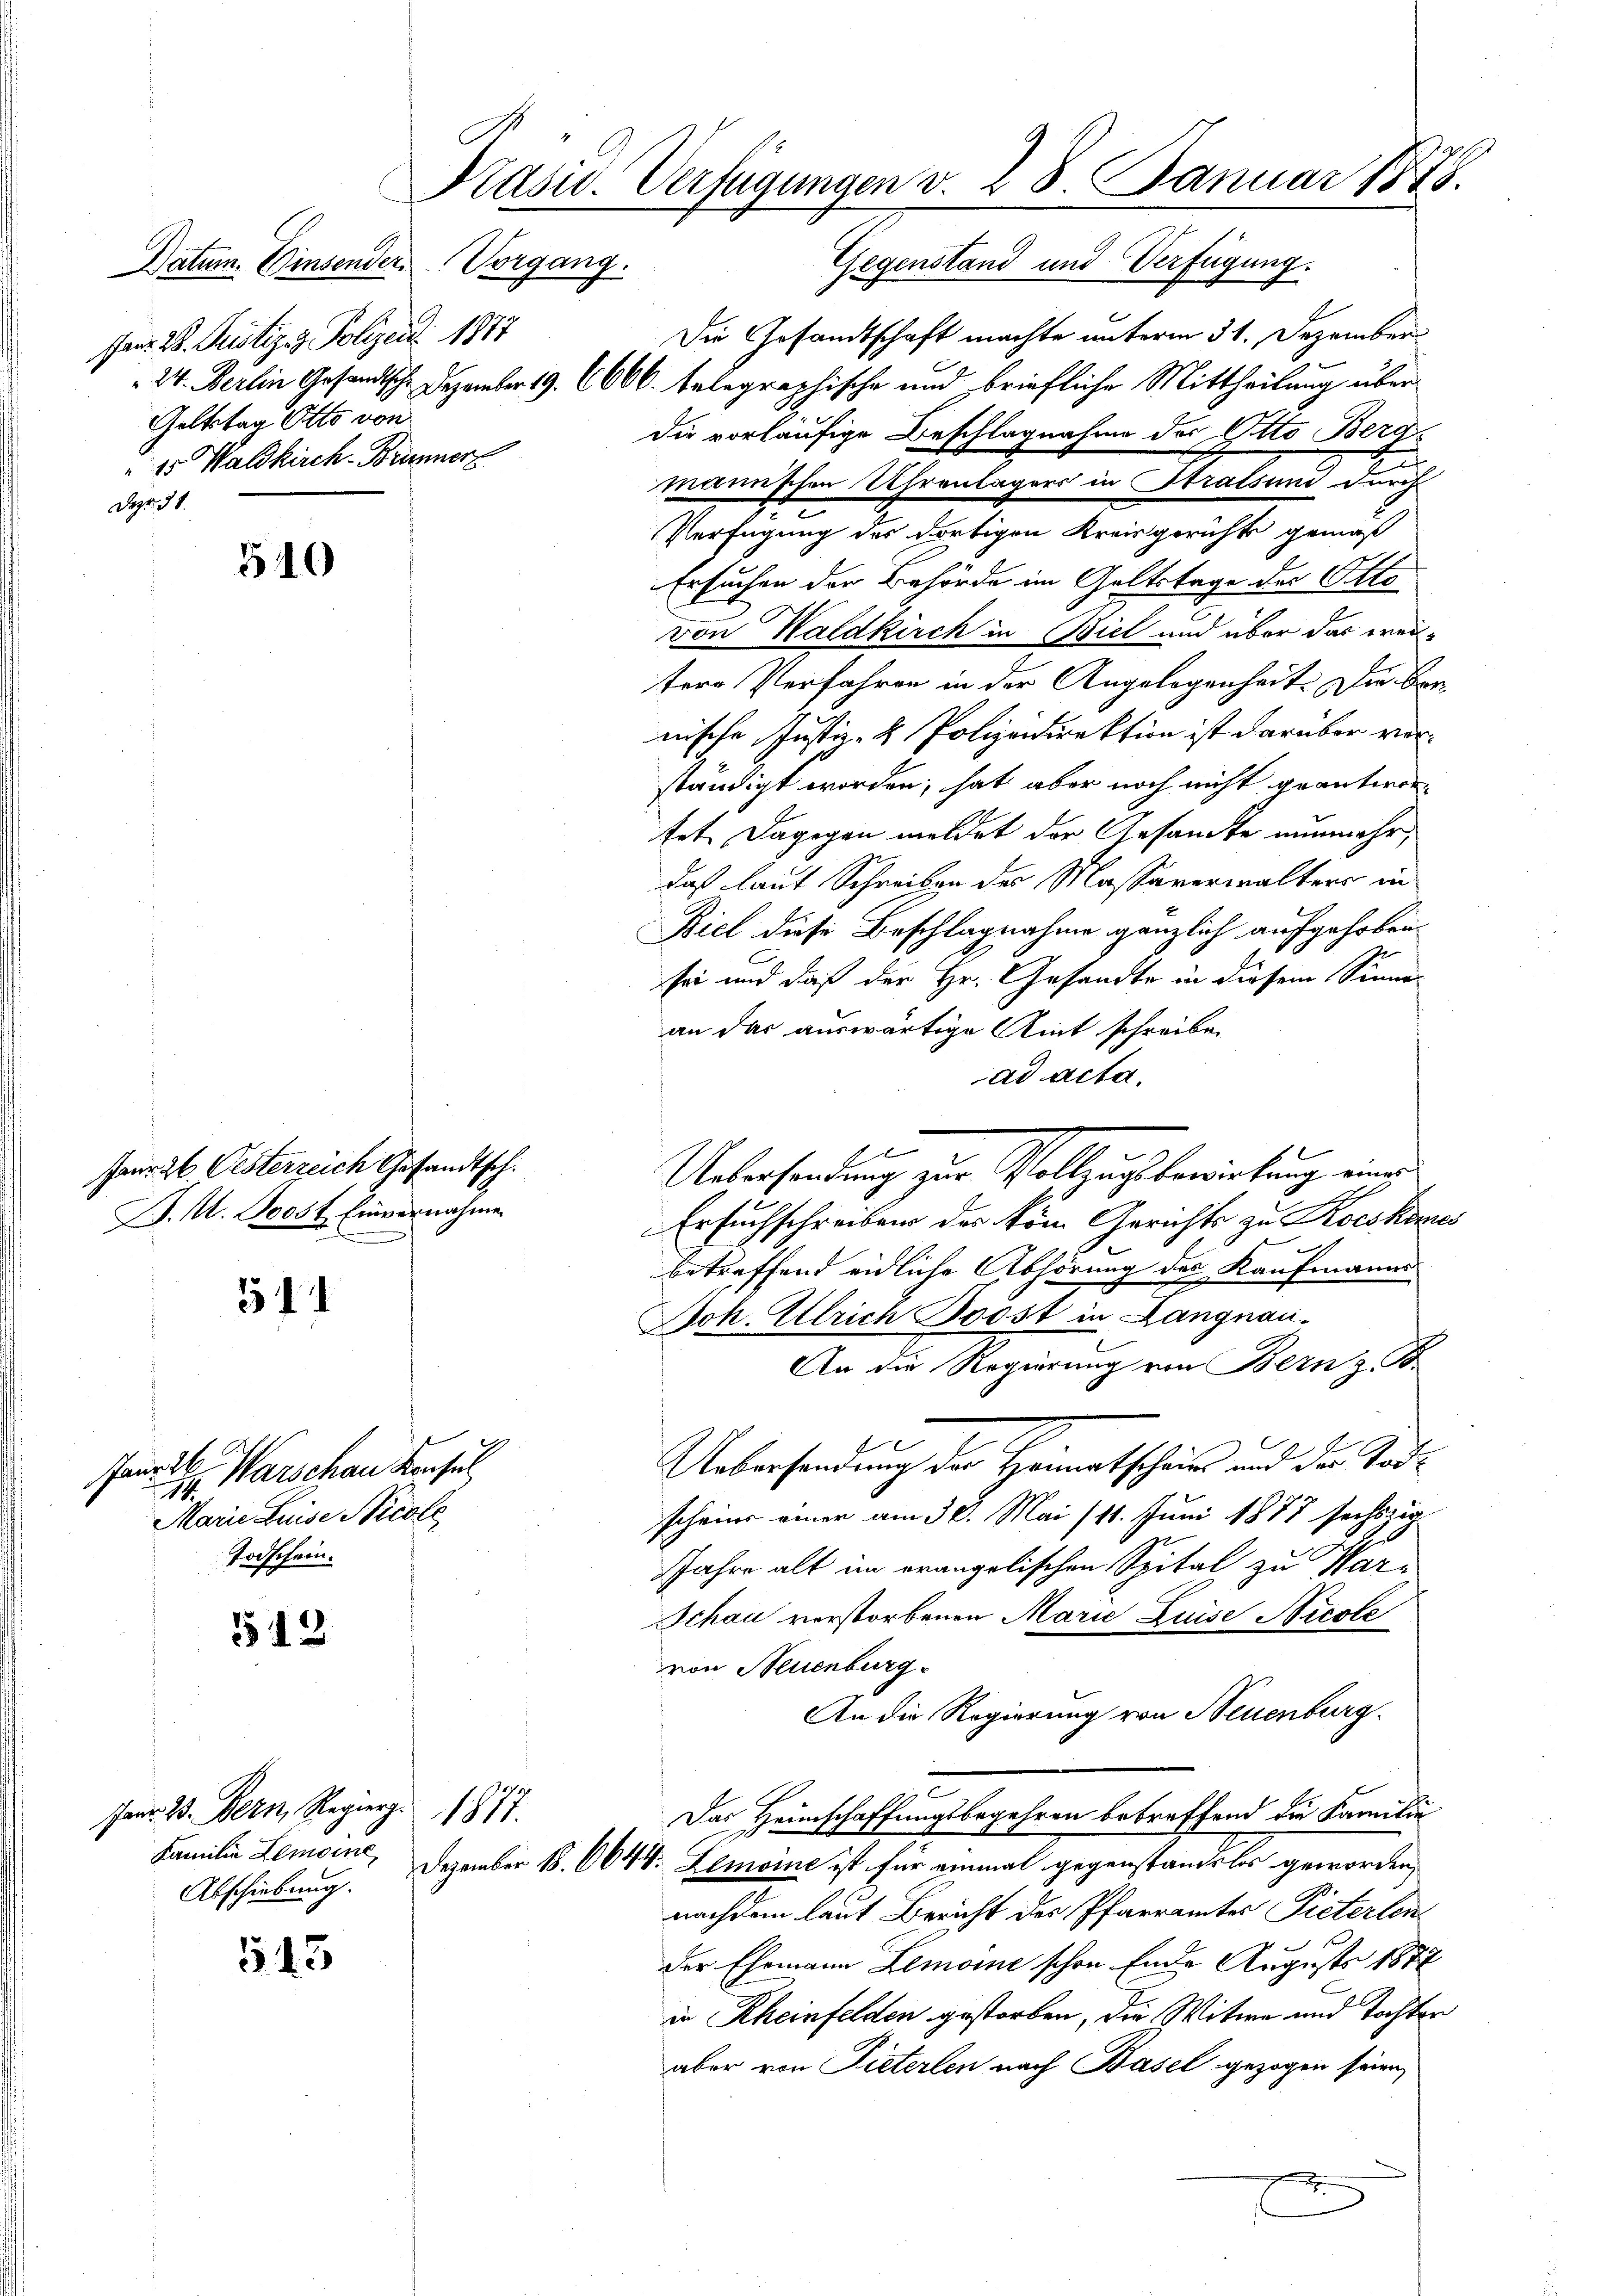
Datum. Einsender
Janr. 2. Justiz- & Polizend 1877
Geltstag Otto von
25. Waldkirch-Branner
Daz 38.

510

Panr 26. Oesterzeich Gesandtsch.
B. A. Boost Einvernahme

511

Genickt
Warschau Konsul
1
Marie Druse Nicole
Todschein.

512

545

Präsid. Verfügungen v. 28. Januar 1878.
Vorgang.
Gegenstand und Verfügung.

Die Gesandtschaft machte unterm 31. Dezember
24. Berlin Gesandtsche Dezember 19. 6006. telegraphische und briefliche Mittheilung über
die vorläufige Beschlagnahme des Otto Bergmanischen Uhrenlagers in Stralsund durch
Verfügung des dortigen Kreisgerichte gemäß
Ersuchen der Behörde im Geltstage der Otto
von Waldkirch in Biel und über das weitere Perfahren in der Angelegenheit. Im Ber
nische Justiz- & Polizeidirektion ist darüber verständigt worden, hat aber noch nicht geantwortet. Dagegen meldet der Gesandte nunmehr,
daß laut Schreiben der Massaverwalters in
Biel diese Beschlagnahme gänzlich aufgehoben.
sei und daß der Hr. Gesandte in diesem Sinner
an das auswärtige Amt schreiben
ad acta.
1
Uebersendung zur Vollzugsbewirkung eines
Ersuchschreiben des vom Gerichts zu Kocskemes
betreffend eidliche Abhörung des Kaufmanns-
Joh. Ulrich Boost in Langnau.
An die Regierung von Bern z. B.
f
f
Uebersendung der Heimatscheins und der Todscheine einer am 30. Mai (11. Juni 1877 sechszig
Jahre alt im orangelischen Spital zu Mar¬
Schon verstorbenen Marie Luise Nicole
von Neuenburg
An die Regierung von Neuenburg
Das Heimschaffungsbegehren betreffend die Familie
Familie Lemaine. Dezember 18. 6644. Lemoine ist für einmal gegenstandels geworden,
nachdem laut Bericht des Pfarramtes Pieterlen
der Ehemann Lemoine schon Ende Augusts 1877
in Rheinfelden gestorben, die Witwe und Tochter
aber von Pieterlen nach Basel gezogen seien,

Janr. 2. Bern, Regierg. 1877.
Abschiebung.